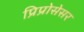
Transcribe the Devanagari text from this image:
प्रिप्रोसेसर